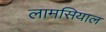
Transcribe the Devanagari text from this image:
लामसियाल